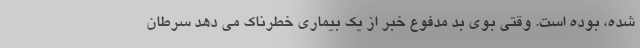
شده، بوده است. وقتی بوی بد مدفوع خبر از یک بیماری خطرناک می دهد سرطان